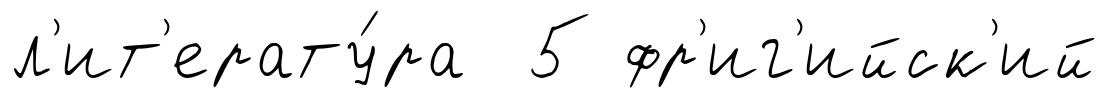
л'ит'ерату́ра 5 фр'иг'ийск'ий